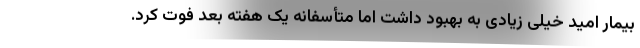
بیمار امید خیلی زیادی به بهبود داشت اما متأسفانه یک هفته بعد فوت کرد.